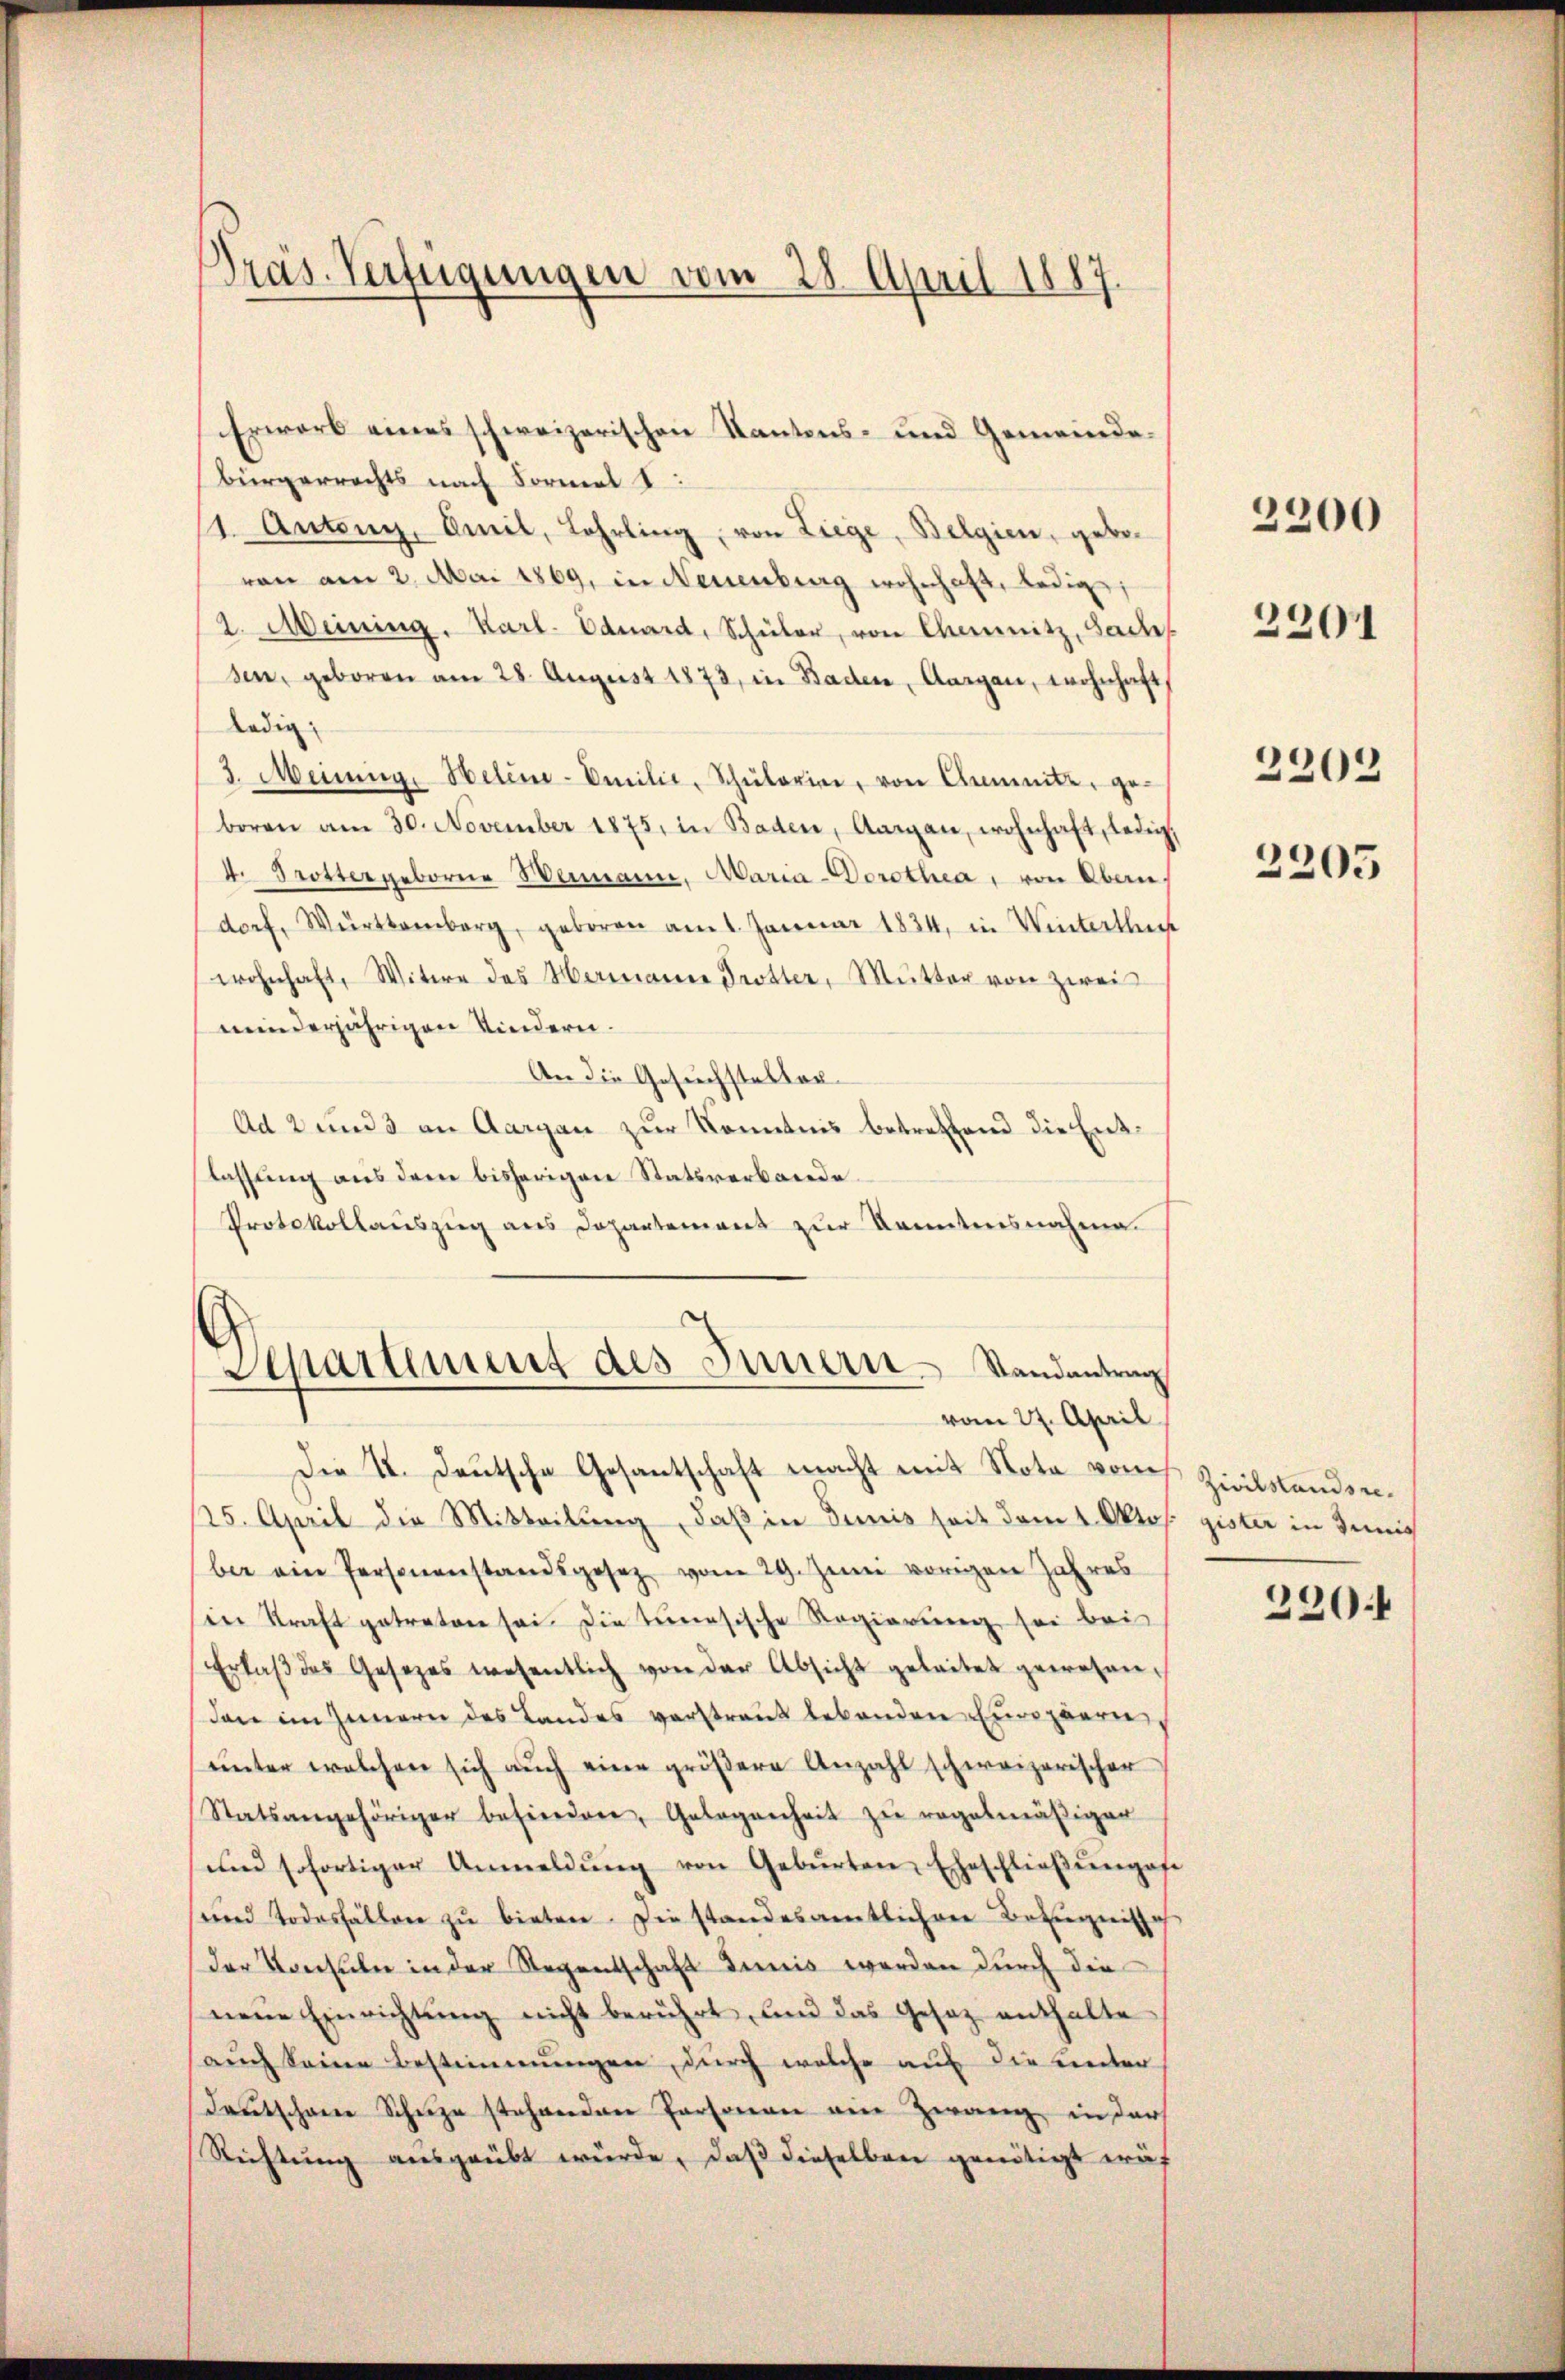
Präs. Verfügungen vom 28. April 1887.

bürgerrechts nach Formel 1
11. Autong. Amil, Lehrling, von Liege, Belgien, gebovon am 2. Mai 1869, in Neuenburg wohnhaft, ledig,
2. Meining. Karl. Eduard, Schüler, von Chemnitz, Sache
sen, geboren am 28. August 1873, in Baden, Aargau, wohnhaft,
ledig
3. Meinung. Helene-Emilie, Schülerine, von Anmute, ge-
boren am 30. November 1875, in Baden, Aargau, wohnhaft, ledig
4. Trottergeborne Hermann, Maria-Dorotha, von Obern,
dorf, Württemberg, geboren am 1. Januar 1834, in Winterthur
wohnhaft, Witwe des Hermann Trotter, Mutter von zwei
minderjährigen Kindern.
An die Gesuchsteller¬
Ad 2 und an Aargau zur Kenntnis betrettend die Entlassung aus dem bisherigen Statsverbande
Protokollauszug aus Departement zur Kenntnisnahme.
Separtement des Innern Standentrag

Erwarb eines schweizerischen Kantons- und Gemeinde¬

Die II. Deutsche Gesantschaft macht mit Nota vom
125. April die Mitteilung, daß in Junis seit dem 1. Okto
ber eine Personenstandsgesetz vom 29. Juni vorigen Jahres
in Kraft getreten sei die tunesische Regierung sei bei
Erlaβ des Gesezes wesentlich von der Absicht geleitet gewesenden im Innern des Landes verstraut lebenden Europern,
ŭnter welchen sich aŭch eine gröβere Anzahl schweizerischer
Statsangehöriger befinden, Gelegenheit zu regelmäβiger
und sofortiger Anmeldŭng von Gebŭrten Eheschlieβŭngse
ŭnd Todesfällen zŭ bieten. Die standesamtlichen Beziegnisse
der Konsuln in der Regentschaft Junis werden durch die
neue Einrichtung nicht berührt, und das Gesez enthalte
auch seine Bestimmungen, durch welche auf die unter
deutschene Schuze stehenden Personen am Zwang in der
Richtung ausgeübt würde, daß dieselben genötigt wär

vom 27. April

2200

2201

2202
2205

Zivilstandsre
gister in Junis

220.